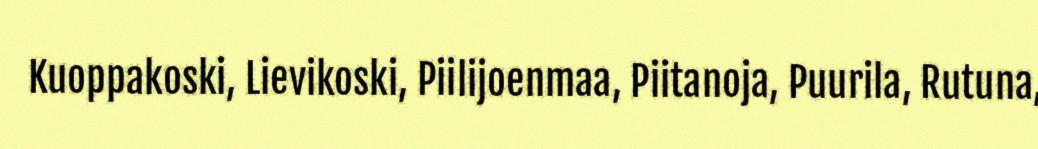
Kuoppakoski, Lievikoski, Piilijoenmaa, Piitanoja, Puurila, Rutuna,